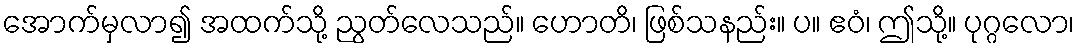
အောက်မှလာ၍ အထက်သို့ ညွတ်လေသည်။ ဟောတိ၊ ဖြစ်သနည်း။ ပ။ ဧဝံ၊ ဤသို့။ ပုဂ္ဂလော၊